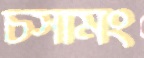
চসামং